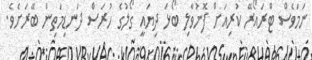
ނަމަވެސް ޓްރައޯރޭ ކުރިއަށް ފޮނުވާލި ބޯޅަ ދިޔައީ ގޯލުގެ ހުރަސް ދަނޑިމަތިން ބޭރަށެވެ.